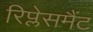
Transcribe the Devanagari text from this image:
रिप्लेसमैंट